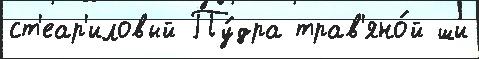
ст'еар'иловый Пу́дра трав'яно́й ши